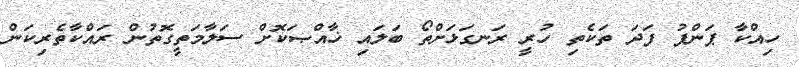
ހިއްކާ ޕަންޕު ފަދަ ތަކެތި ހުރީ ރަނގަޅަށްތޯ ބަލައި ޚާއްޞަކޮށް ސަލާމަތީގޮތުން ރައްކާތެރިކަން